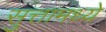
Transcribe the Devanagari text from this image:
सुत्तामध्ये